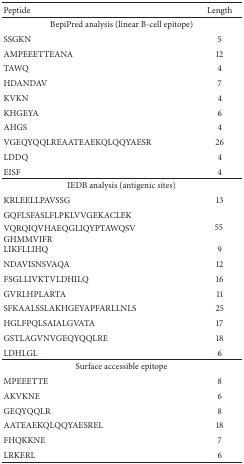
<table><thead><tr><td><b>Peptide</b></td><td><b>Length</b></td></tr></thead><tbody><tr><td colspan="2">BepiPred analysis (linear B-cell epitope)</td></tr><tr><td>SSGKN</td><td>5</td></tr><tr><td>AMPEEETTEANA</td><td>12</td></tr><tr><td>TAWQ</td><td>4</td></tr><tr><td>HDANDAV</td><td>7</td></tr><tr><td>KVKN</td><td>4</td></tr><tr><td>KHGEYA</td><td>6</td></tr><tr><td>AHGS</td><td>4</td></tr><tr><td>VGEQYQQLREAATEAEKQLQQYAESR</td><td>26</td></tr><tr><td>LDDQ</td><td>4</td></tr><tr><td>EISF</td><td>4</td></tr><tr><td colspan="2">IEDB analysis (antigenic sites)</td></tr><tr><td>KRLEELLPAVSSG</td><td>13</td></tr><tr><td>GQFLSFASLFLPKLVVGEKACLEK</td><td rowspan="3">55</td></tr><tr><td>VQRQIQVHAEQGLIQYPTAWQSV</td></tr><tr><td>GHMMVIFR</td></tr><tr><td>LIKFLLIHQ</td><td>9</td></tr><tr><td>NDAVISNSVAQA</td><td>12</td></tr><tr><td>FSGLLIVKTVLDHILQ</td><td>16</td></tr><tr><td>GVRLHPLARTA</td><td>11</td></tr><tr><td>SFKAALSSLAKHGEYAPFARLLNLS</td><td>25</td></tr><tr><td>HGLFPQLSAIALGVATA</td><td>17</td></tr><tr><td>GSTLAGVNVGEQYQQLRE</td><td>18</td></tr><tr><td>LDHLGL</td><td>6</td></tr><tr><td colspan="2">Surface accessible epitope</td></tr><tr><td>MPEEETTE</td><td>8</td></tr><tr><td>AKVKNE</td><td>6</td></tr><tr><td>GEQYQQLR</td><td>8</td></tr><tr><td>AATEAEKQLQQYAESREL</td><td>18</td></tr><tr><td>FHQKKNE</td><td>7</td></tr><tr><td>LRKERL</td><td>6</td></tr></tbody></table>